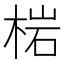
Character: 𭪦